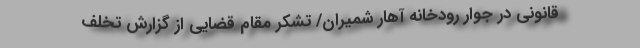
قانونی در جوار رودخانه آهار شمیران/ تشکر مقام قضایی از گزارش تخلف